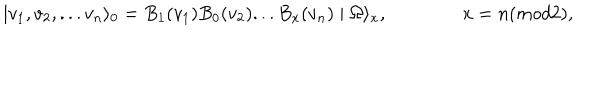
\mid v _ { 1 } , v _ { 2 } , . . . v _ { n } \rangle _ { 0 } = B _ { 1 } ( v _ { 1 } ) B _ { 0 } ( v _ { 2 } ) . . . B _ { x } ( v _ { n } ) \mid \Omega \rangle _ { x } , \qquad \qquad x = n ( m o d 2 ) ,